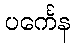
ပင်္ကေန